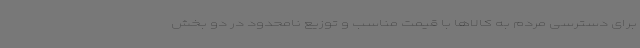
برای دسترسی مردم به کالاها با قیمت مناسب و توزیع نامحدود در دو بخش